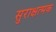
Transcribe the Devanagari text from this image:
सुराक्षत्मक